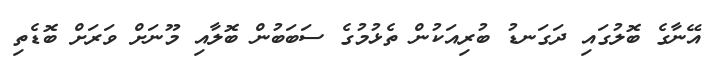
އޭނާގެ ބޮލުގައި ދަގަނޑު ބުރިއަކުން ތެޅުމުގެ ސަބަބުން ބޮލާއި މޫނަށް ވަރަށް ބޮޑެތި